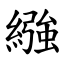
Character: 繈